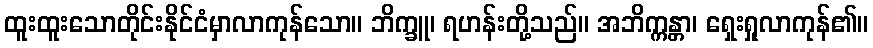
ထူးထူးသောတိုင်းနိုင်ငံမှာလာကုန်သော။ ဘိက္ခူ၊ ရဟန်းတို့သည်။ အဘိက္ကန္တာ၊ ရှေးရှုလာကုန်၏။